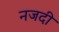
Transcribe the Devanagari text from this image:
नजदी